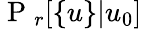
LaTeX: \mathrm{~P~}_{r}[\{ u\} |u_{0}]